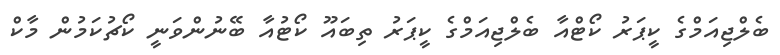
ބެލްޖިއަމްގެ ކީޕަރު ކޯޓްއާ ބެލްޖިއަމްގެ ކީޕަރު ތިބައޫ ކޯޓުއާ ބޭނުންވަނީ ކޯޗުކަމުން މާކް